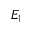
E _ { 1 }